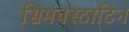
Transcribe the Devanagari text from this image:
सिमबस्टाटिन